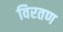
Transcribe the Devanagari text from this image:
विरतण